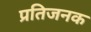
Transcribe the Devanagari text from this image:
प्रतिजनक